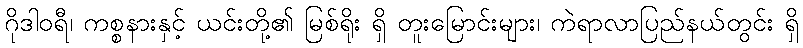
ဂိုဒါဝရီ၊ ကစ္စနားနှင့် ယင်းတို့၏ မြစ်ရိုး ရှိ တူးမြောင်းများ၊ ကဲရာလာပြည်နယ်တွင်း ရှိ